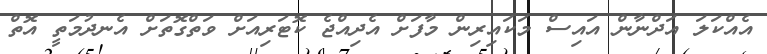
އެއްކަލަ އަދްނާން އައިސް މަކައިރިން މާފަށް އެދިއްޖެ ކޮޓަރިއަށް ވަތްގޮތަށް އެނދުމަތީ އޮތް